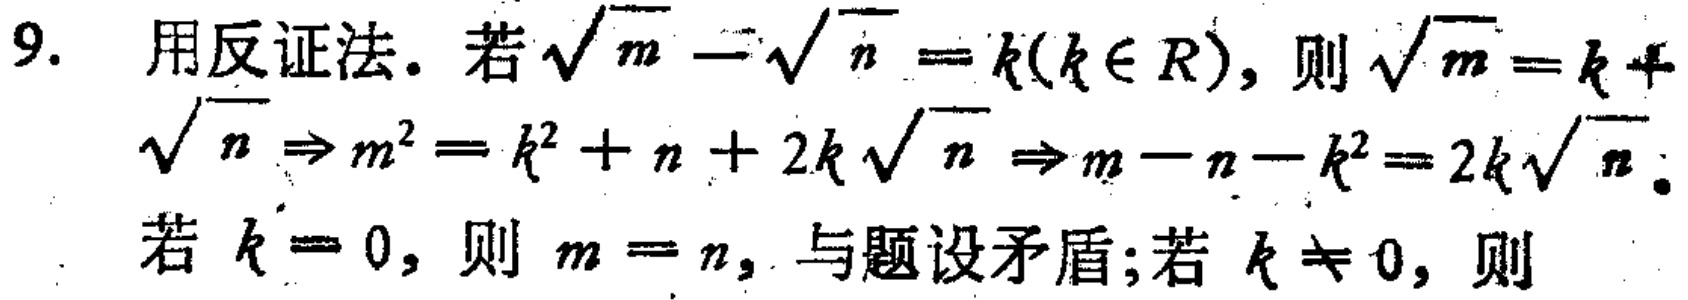
9. 用反证法. 若\(\sqrt{m}-\sqrt{n}=k(k\in R)\)，则\(\sqrt{m}=k + \sqrt{n}\Rightarrow m^{2}=k^{2}+n + 2k\sqrt{n}\Rightarrow m - n - k^{2}=2k\sqrt{n}\).

若\(k = 0\)，则\(m = n\)，与题设矛盾；若\(k\neq 0\)，则